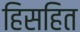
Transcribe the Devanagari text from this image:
हिसहित